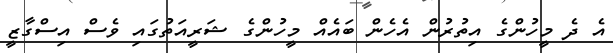
އެ ދެ މީހުންގެ އިތުރުން އެހެން ބައެއް މީހުންގެ ޝަރީއަތުގައި ވެސް އިސްގާޒީ